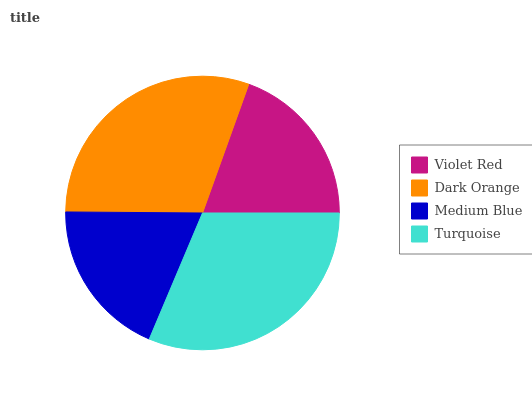
| Violet Red | Dark Orange | Medium Blue | Turquoise |
 | --- | --- | --- | --- |
 | 19.6% | 30.4% | 18.8% | 31.3% |